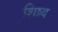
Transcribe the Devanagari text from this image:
शिष़्य